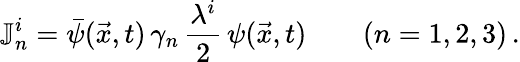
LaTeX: \mathbb{J}_{n}^{i}=\bar{\psi}(\vec{x},t)\, \gamma_{n}\, {\frac{\lambda^{i}}{2}}\, \psi(\vec{x},t)\qquad(n=1,2,3)\, .